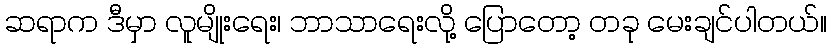
ဆရာက ဒီမှာ လူမျိုးရေး၊ ဘာသာရေးလို့ ပြောတော့ တခု မေးချင်ပါတယ်။